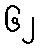
၆၂